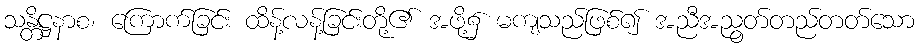
သန္တိဋ္ဌနာစ၊ ကြောက်ခြင်း ထိန့်လန့်ခြင်းတို့၏ အဖို့၌ မကျသည်ဖြစ်၍ အညီအညွတ်တည်တတ်သော